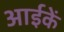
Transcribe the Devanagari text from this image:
आईकें